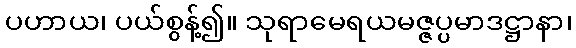
ပဟာယ၊ ပယ်စွန့်၍။ သုရာမေရယမဇ္ဇပ္ပမာဒဋ္ဌာနာ၊